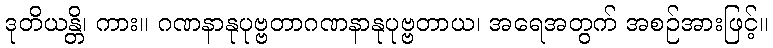
ဒုတိယန္တိ၊ ကား။ ဂဏနာနုပုဗ္ဗတာဂဏနာနုပုဗ္ဗတာယ၊ အရေအတွက် အစဉ်အားဖြင့်။